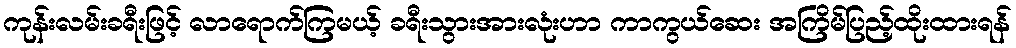
ကုန်းလမ်းခရီးဖြင့် လာရောက်ကြမယ့် ခရီးသွားအားလုံးဟာ ကာကွယ်ဆေး အကြိမ်ပြည့်ထိုးထားရန်